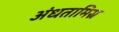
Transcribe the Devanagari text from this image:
अंधतामिस्र